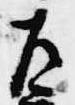
左